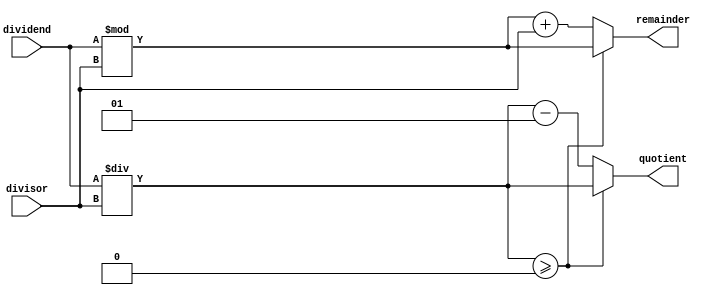
module SRT_Divider (
    input wire signed [31:0] dividend,
    input wire signed [31:0] divisor,
    output reg signed [31:0] quotient,
    output reg signed [31:0] remainder
);

reg signed [31:0] partial_quotient;
reg signed [31:0] partial_remainder;

always @(*) begin
    partial_quotient = dividend / divisor;
    partial_remainder = dividend % divisor;
end

always @(*) begin
    if (partial_quotient >= 0) begin
        quotient = partial_quotient;
        remainder = partial_remainder;
    end else begin
        quotient = partial_quotient - 1;
        remainder = partial_remainder + divisor;
    end
end

endmodule